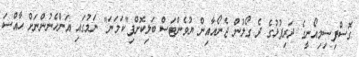
ގޮސްފިސިމިއޯނީގެ ދަރިފުޅުގެ ދެ ގޯލުން ޖެނޯއާއިން ޔުވެންޓަސް ބަލިކޮށްފި"ކަމަނަ" ނަމުގައި އަންހެނުންނަށް ހާއްސަ